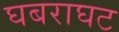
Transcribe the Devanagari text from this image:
घबराघट